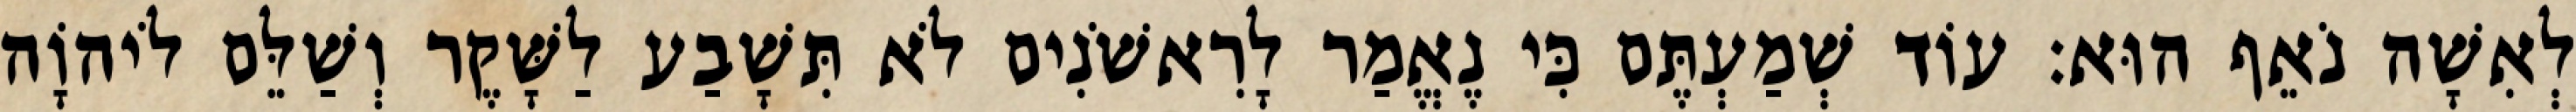
לְאִשָׁה נֹאֵף הוּא׃ עוֹד שְׁמַעְתֶּם כִּי נֶאֱמַר לָרִאשֹׁנִים לֹא תִּשָׁבַע לַשָּׁקֶר וְשַׁלֵּם לֹיהוָֹה